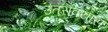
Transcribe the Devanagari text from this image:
उतरावयास